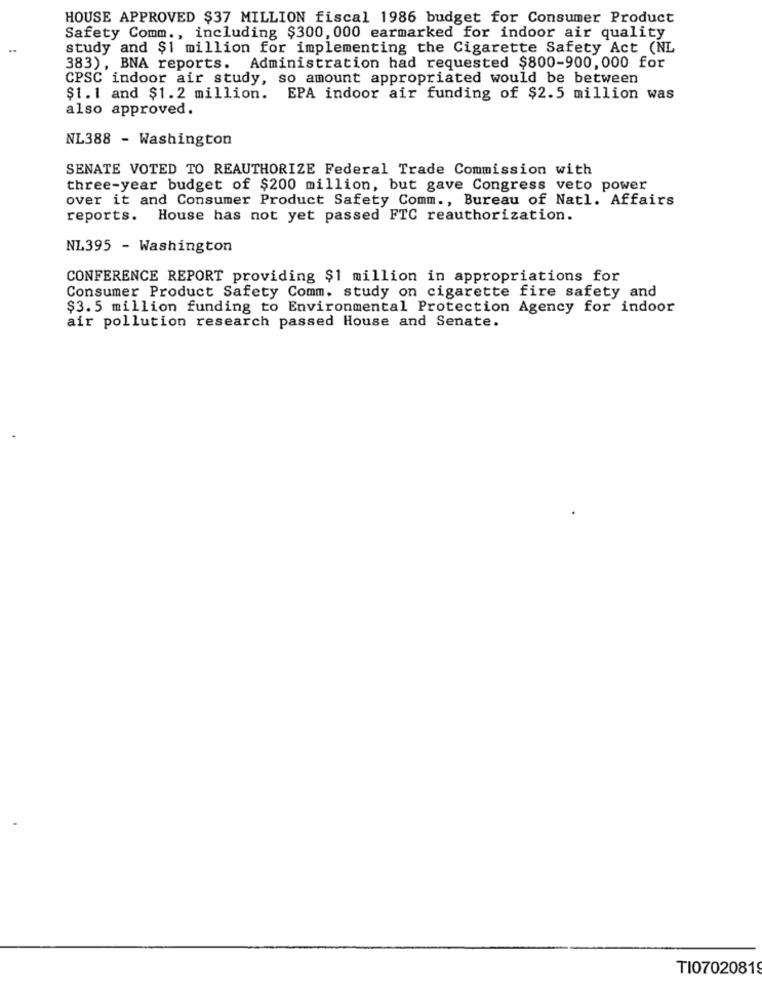
HOUSE APPROVED $37 MILLION fiscal 1986 budget for Consumer Product
Safety Comm ., including $300, 000 earmarked for indoor air quality
study and $1 million for implementing the Cigarette Safety Act (NL
383), BNA reports. Administration had requested $800-900,000 for
CPSC indoor air study, so amount appropriated would be between
$1.1 and $1.2 million. EPA indoor air funding of $2.5 million was
also approved.
NL388 - Washington
SENATE VOTED TO REAUTHORIZE Federal Trade Commission with
three-year budget of $200 million, but gave Congress veto power
over it and Consumer Product Safety Comm ., Bureau of Natl. Affairs
reports. House has not yet passed FTC reauthorization.
NL395 - Washington
CONFERENCE REPORT providing $1 million in appropriations for
Consumer Product Safety Comm. study on cigarette fire safety and
$3.5 million funding to Environmental Protection Agency for indoor
air pollution research passed House and Senate.
TI07020819